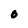
Character: O